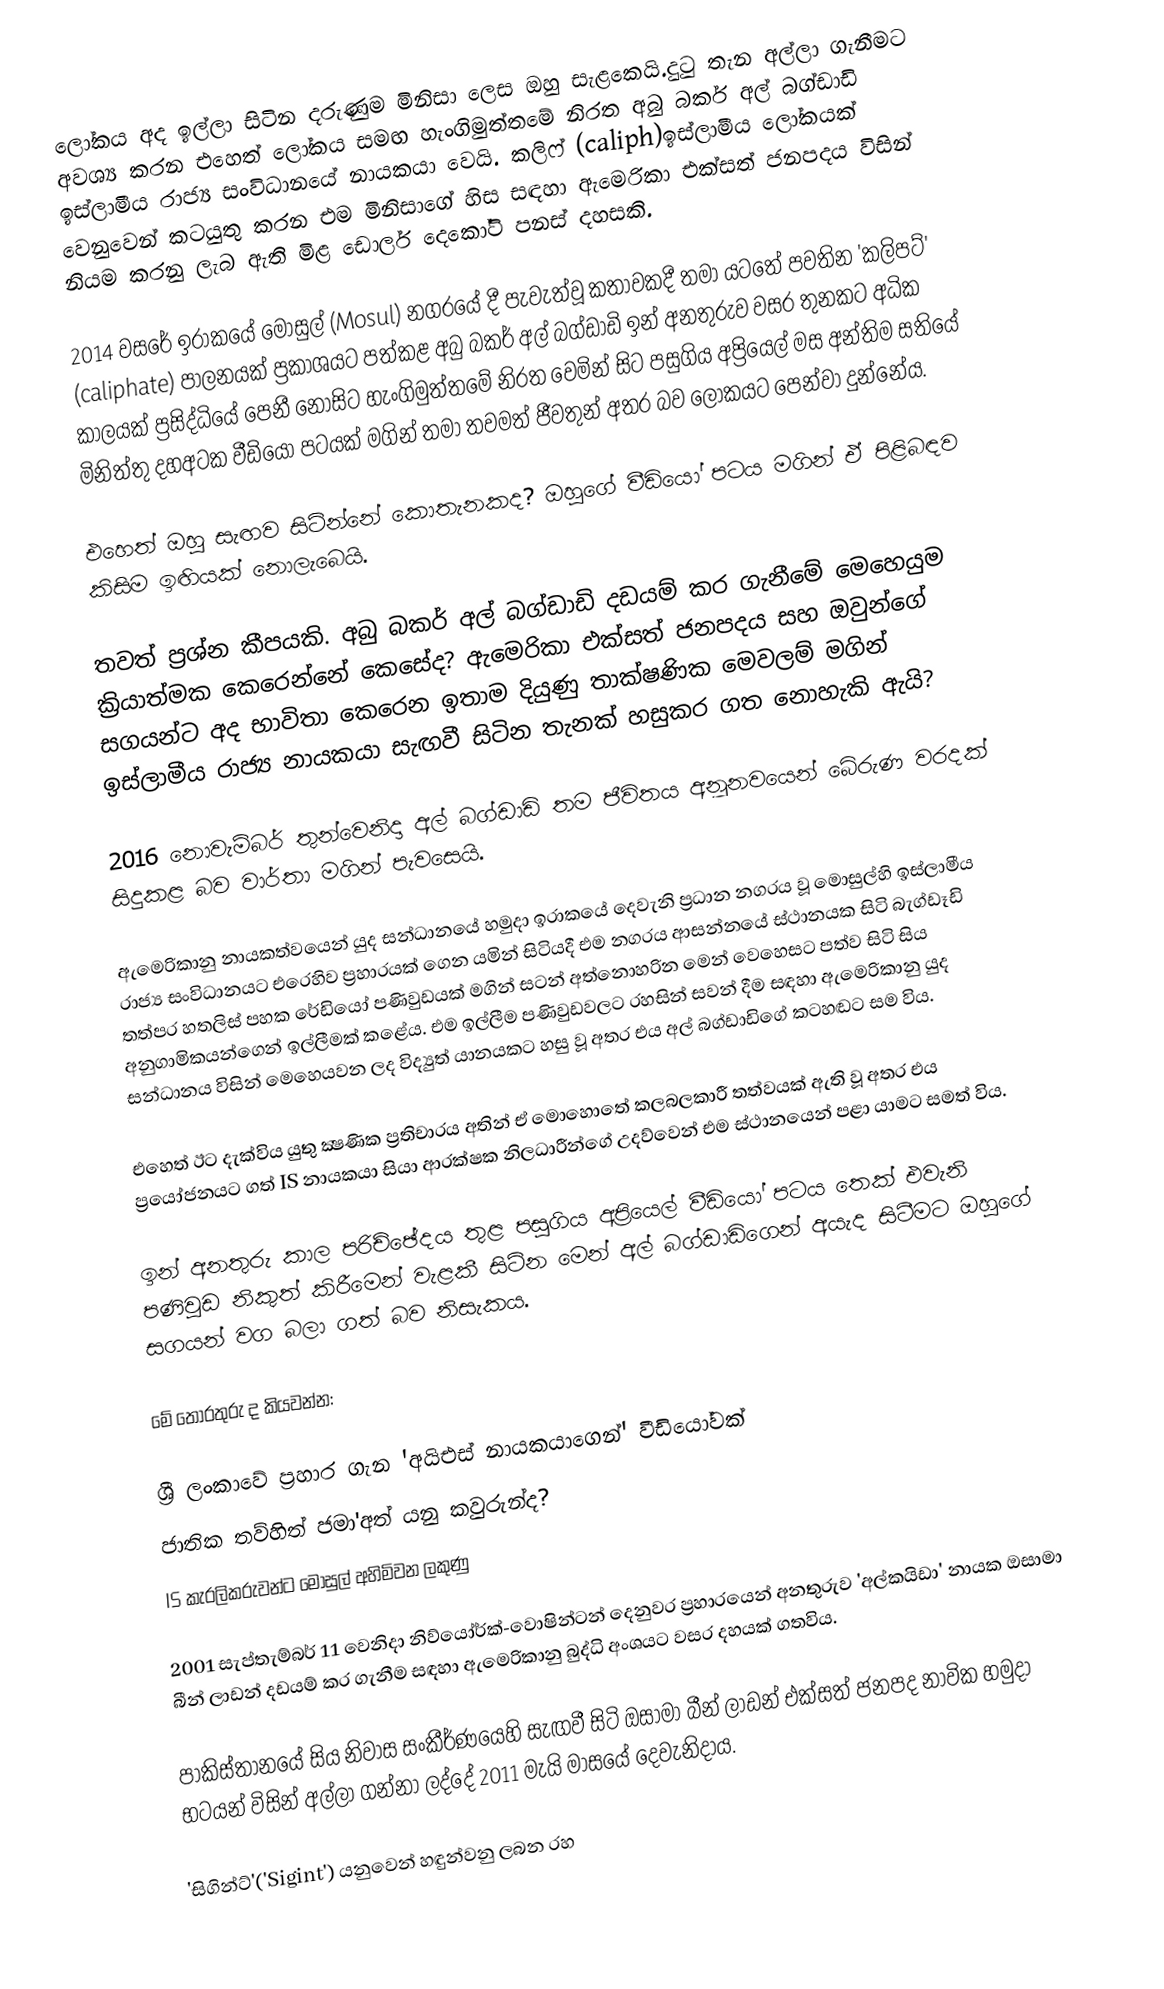
ලෝකය අද ඉල්ලා සිටින දරුණුම මිනිසා ලෙස ඔහු සැළකෙයි.දුටු තැන අල්ලා ගැනීමට අවශ්‍ය කරන එහෙත් ලෝකය සමඟ හැංගිමුත්තමේ නිරත අබු බකර් අල් බග්ඩාඩි ඉස්ලාමීය රාජ්‍ය සංවිධානයේ නායකයා වෙයි. කලිෆ් (caliph)ඉස්ලාමීය ලෝකයක් වෙනුවෙන් කටයුතු කරන එම මිනිසාගේ හිස සඳහා ඇමෙරිකා එක්සත් ජනපදය විසින් නියම කරනු ලැබ ඇති මිළ ඩොලර් දෙකෝටි පනස් දහසකි.

2014 වසරේ ඉරාකයේ මෝසුල් (Mosul) නගරයේ දී පැවැත්වූ කතාවකදී තමා යටතේ පවතින 'කලිපට්' (caliphate) පාලනයක් ප්‍රකාශයට පත්කළ අබු බකර් අල් බග්ඩාඩි ඉන් අනතුරුව වසර තුනකට අධික කාලයක් ප්‍රසිද්ධියේ පෙනී නොසිට හැංගිමුත්තමේ නිරත වෙමින් සිට පසුගිය අප්‍රියෙල් මස අන්තිම සතියේ මිනිත්තු දහඅටක වීඩියෝ පටයක් මගින් තමා තවමත් ජීවතුන් අතර බව ලෝකයට පෙන්වා දුන්නේය.

එහෙත් ඔහු සැඟව සිටින්නේ කොතැනකද? ඔහුගේ වීඩියෝ පටය මගින් ඒ පිළිබඳව කිසිම ඉඟියක් නොලැබෙයි.

තවත් ප්‍රශ්න කීපයකි. අබු බකර් අල් බග්ඩාඩි දඩයම් කර ගැනීමේ මෙහෙයුම ක්‍රියාත්මක කෙරෙන්නේ කෙසේද? ඇමෙරිකා එක්සත් ජනපදය සහ ඔවුන්ගේ සගයන්ට අද භාවිතා කෙරෙන ඉතාම දියුණු තාක්ෂණික මෙවලම් මගින් ඉස්ලාමීය රාජ්‍ය නායකයා සැඟවී සිටින තැනක් හසුකර ගත නොහැකි ඇයි?

2016 නොවැම්බර් තුන්වෙනිදා අල් බග්ඩාඩි තම ජීවිතය අනූනවයෙන් බේරුණ වරදක් සිදුකළ බව වාර්තා මගින් පැවසෙයි.

ඇමෙරිකානු නායකත්වයෙන් යුද සන්ධානයේ හමුදා ඉරාකයේ දෙවැනි ප්‍රධාන නගරය වූ මොසුල්හි ඉස්ලාමීය රාජ්‍ය සංවිධානයට එරෙහිව ප්‍රහාරයක් ගෙන යමින් සිටියදී එම නගරය ආසන්නයේ ස්ථානයක සිටි බැග්ඩෑඩි තත්පර හතලිස් පහක රේඩියෝ පණිවුඩයක් මගින් සටන් අත්නොහරින මෙන් වෙහෙසට පත්ව සිටි සිය අනුගාමිකයන්ගෙන් ඉල්ලීමක් කළේය. එම ඉල්ලීම පණිවුඩවලට රහසින් සවන් දීම සඳහා ඇමෙරිකානු යුද සන්ධානය විසින් මෙහෙයවන ලද විද්‍යුත් යානයකට හසු වූ අතර එය අල් බග්ඩාඩිගේ කටහඬට සම විය.

එහෙත් ඊට දැක්විය යුතු ක්‍ෂණික ප්‍රතිචාරය අතින් ඒ මොහොතේ කලබලකාරී තත්වයක් ඇති වූ අතර එය ප්‍රයෝජනයට ගත් IS නායකයා සියා ආරක්ෂක නිලධාරීන්ගේ උදව්වෙන් එම ස්ථානයෙන් පළා යාමට සමත් විය.

ඉන් අනතුරු කාල පරිච්ඡේදය තුළ පසුගිය අප්‍රියෙල් වීඩියෝ පටය තෙක් එවැනි පණිවුඩ නිකුත් කිරීමෙන් වැළකී සිටින මෙන් අල් බග්ඩාඩිගෙන් අයැද සිටීමට ඔහුගේ සගයන් වග බලා ගත් බව නිසැකය.

මේ තොරතුරු ද කියවන්න:

 ශ්‍රී ලංකාවේ ප්‍රහාර ගැන 'අයිඑස් නායකයාගෙන්' වීඩියෝවක්
 ජාතික තව්හිත් ජමා'අත් යනු කවුරුන්ද?
 IS කැරලිකරුවන්ට මෝසුල් අහිමිවන ලකුණු

2001 සැප්තැම්බර් 11 වෙනිදා නිව්යෝර්ක්-වොෂින්ටන් දෙනුවර ප්‍රහාරයෙන් අනතුරුව 'අල්කයිඩා' නායක ඔසාමා බීන් ලාඩන් දඩයම් කර ගැනීම සඳහා ඇමෙරිකානු බුද්ධි අංශයට වසර දහයක් ගතවිය.

පාකිස්තානයේ සිය නිවාස සංකීර්ණයෙහි සැඟවී සිටි ඔසාමා බීන් ලාඩන් එක්සත් ජනපද නාවික හමුදා භටයන් විසින් අල්ලා ගන්නා ලද්දේ 2011 මැයි මාසයේ දෙවැනිදාය.

'සිගින්ට්'('Sigint') යනුවෙන් හඳුන්වනු ලබන රහ